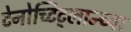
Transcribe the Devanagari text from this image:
टेनोच्टिट्लान्च्या